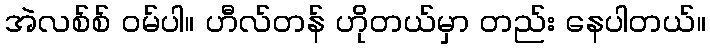
အဲလစ်စ် ဝမ်ပါ။ ဟီလ်တန် ဟိုတယ်မှာ တည်း နေပါတယ်။